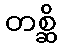
တစ္ဆိ